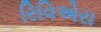
રિવિએરા